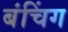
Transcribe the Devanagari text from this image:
बंचिंग